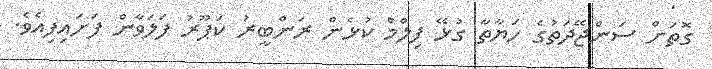
ގޮތަށް ސަންޖޭދަތުގެ ހަޔާތާ ގުޅޭ ފިލްމް ކުޅެން ރަންބީރު ކަޕޫރު ފަލަވާން ފަށައިފިއެވެ.